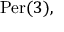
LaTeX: { \mathrm { P e r } } ( 3 ) ,